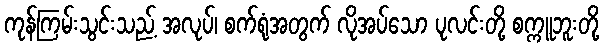
ကုန်ကြမ်းသွင်းသည့် အလုပ်၊ စက်ရုံအတွက် လိုအပ်သော ပုလင်းတို့ စက္ကူဘူးတို့